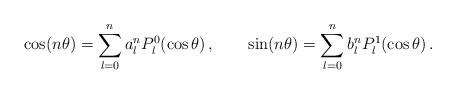
LaTeX: \begin{align*}\cos(n\theta)=\sum\limits_{l=0}^n a^n_l P_l^0(\cos\theta)\,,\qquad\sin(n\theta)=\sum\limits_{l=0}^n b^n_l P_l^1(\cos\theta)\,.\end{align*}